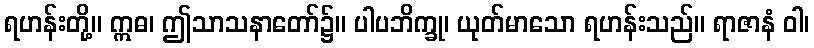
ရဟန်းတို့။ ဣဓ၊ ဤသာသနာတော်၌။ ပါပဘိက္ခု၊ ယုတ်မာသော ရဟန်းသည်။ ရာဇာနံ ဝါ၊